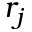
r _ { j }